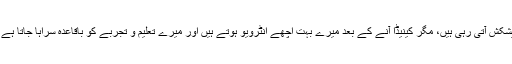
میں آڈٹ کے پیشہ سے منسلک ہوں اور مجھے مسلسل نئی نوکریوں کی پیشکش آتی رہی ہیں، مگر کینیڈا آنے کے بعد میرے بہت اچھے انٹرویو ہوتے ہیں اور میرے تعلیم و تجربے کو باقاعدہ سراہا جاتا ہے مگر آخر میں بغیر وجہ بتائے نوکری دینے سے معذرت کرلی جاتی ہے۔